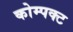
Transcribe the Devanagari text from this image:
कोम्पक्ट